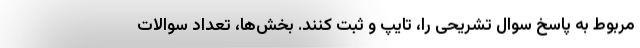
مربوط به پاسخ سوال تشریحی را، تایپ و ثبت کنند. بخش‌ها، تعداد سوالات